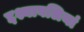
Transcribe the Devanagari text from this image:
द्दश्यावलियां